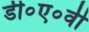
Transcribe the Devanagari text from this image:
डी०ए०वी